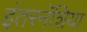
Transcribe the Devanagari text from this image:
इंतरनॅशिया